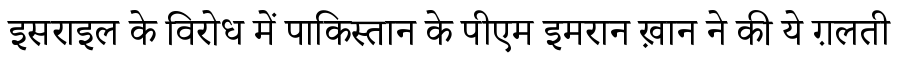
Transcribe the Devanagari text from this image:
इसराइल के विरोध में पाकिस्तान के पीएम इमरान ख़ान ने की ये ग़लती